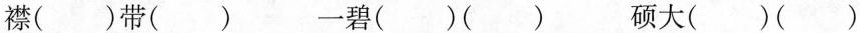
襟()带() 一碧()() 硕大()()